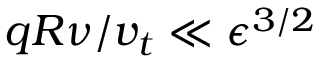
q R \nu / v _ { t } \ll \epsilon ^ { 3 / 2 }